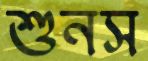
শুনস